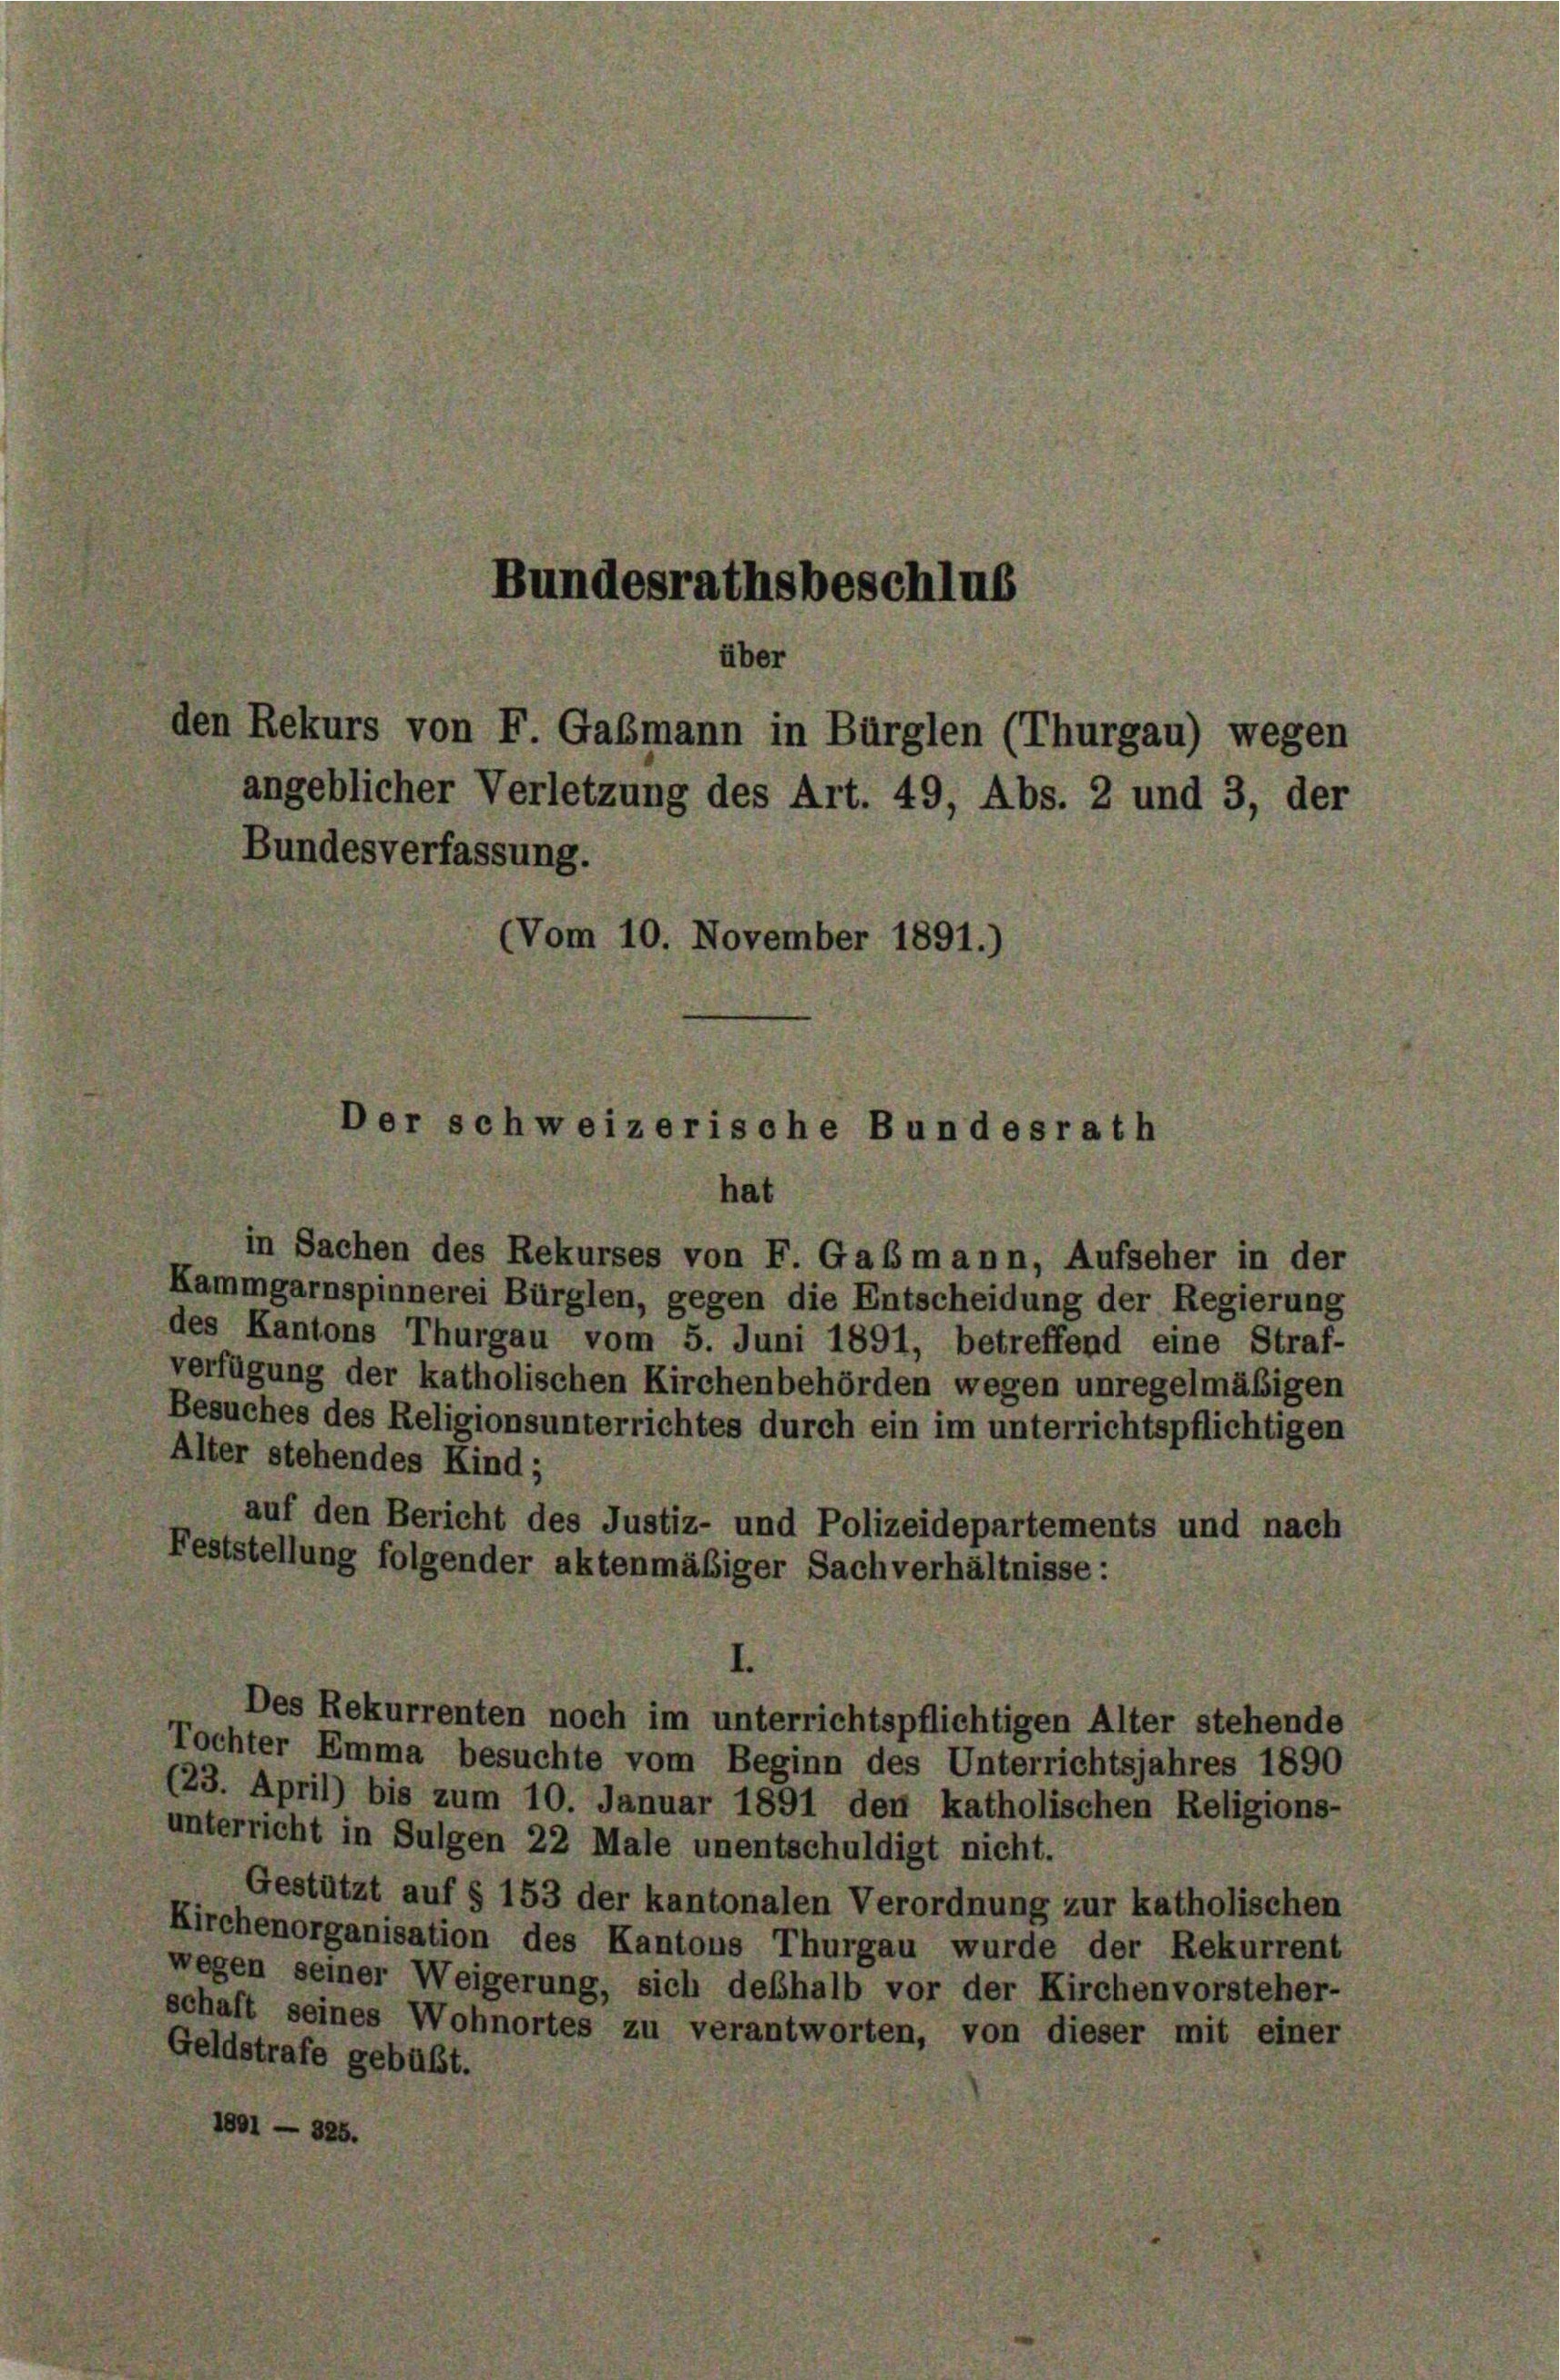
Bundesrathsbeschlus
über
den Rekurs von F. Gaßmann in Bürglen (Thurgau) wegen
angeblicher Verletzung des Art. 49, Abs. 2 und 3, der
Bundesverfassung.
(Vom 10. November 1891.)
er schweizerische Bundesrath

hat
in Sachen des Rekurses von F. Gaßmann, Aufseher in der
Kammgarnspinnerei Bürglen, gegen die Entscheidung der Regierung
des Kantons Thurgau vom 5. Juni 1891, betreffend eine Straf-
verfügung der katholischen Kirchenbehörden wegen unregelmäßigen
Besuches des Religionsunterrichtes durch ein im unterrichtspflichtigen
Alter stehendes Kind;
auf den Bericht des Justiz- und Polizeidepartements und nach
Feststellung folgender aktenmäßiger Sachverhältnisse:

Tochter Emma besuchte vom Beginn des Unterrichtsjahres 1890
23. April) bis zum 10. Januar 1891 den katholischen Religions-
unterricht in Sulgen 22 Male unentschuldigt nicht.
Gestützt auf § 153 der kantonalen Verordnung zur katholischen
Kirchenorganisation des Kantons Thurgau wurde der Rekurrent
wegen seiner Weigerung, sich deshalb vor der Kirchenvorsteher-
schaft seines Wohnortes zu verantworten, von dieser mit einer
Geldstrafe gebüßt.
1001 — 325.

Des Rekurrenten noch im unterrichtspflichtigen Alter stehende